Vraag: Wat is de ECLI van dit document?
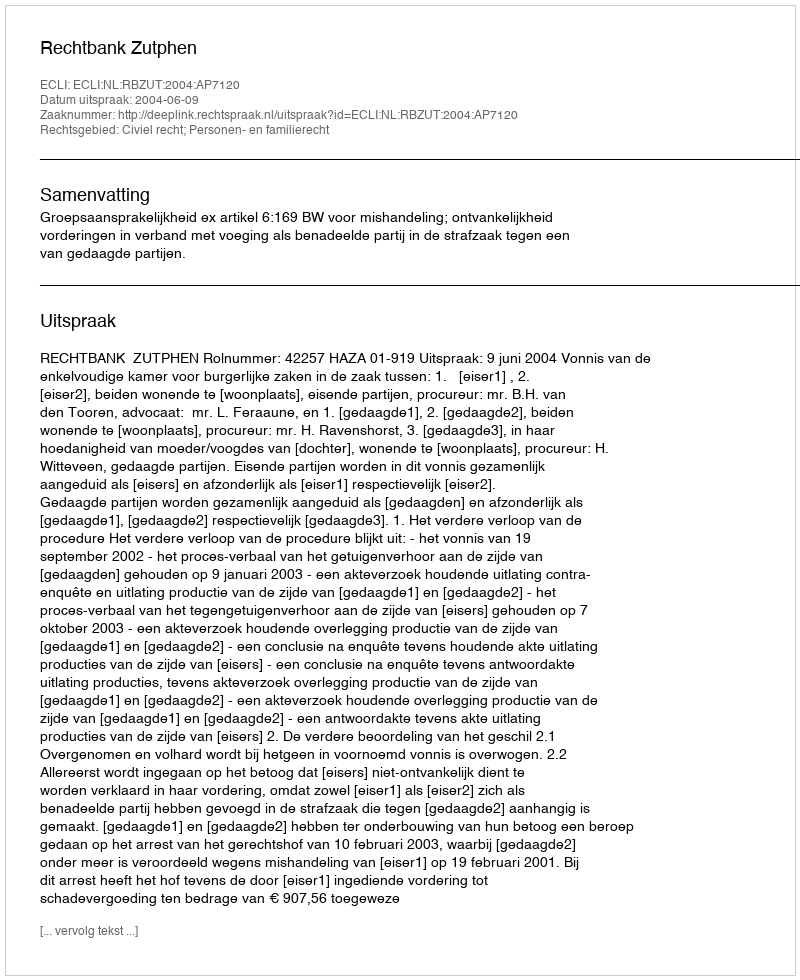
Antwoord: ECLI:NL:RBZUT:2004:AP7120